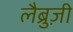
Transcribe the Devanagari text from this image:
लैब्रुज़ी